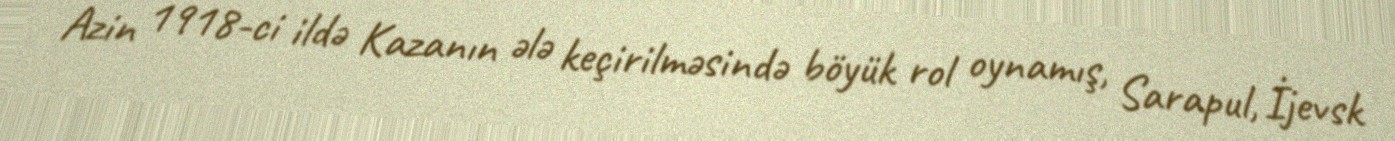
Azin 1918-ci ildə Kazanın ələ keçirilməsində böyük rol oynamış, Sarapul, İjevsk